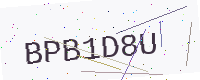
Text: BPB1D8U